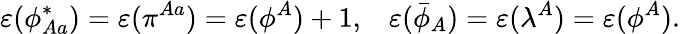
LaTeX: \varepsilon(\phi_{Aa}^{*})=\varepsilon(\pi^{Aa})=\varepsilon(\phi^{A})+1,\; \; \; \varepsilon(\bar{\phi}_{A})=\varepsilon({\lambda}^{A})=\varepsilon(\phi^{A}).